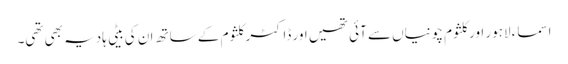
اسماء لاہور اور کلثوم چونیاں سے آئی تھیں اور ڈاکٹر کلثوم کے ساتھ ان کی بیٹی ہادیہ بھی تھی۔